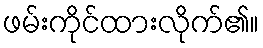
ဖမ်းကိုင်ထားလိုက်၏။